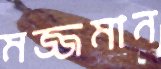
মজ্জমান